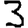
Digit: 3